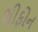
શીફોન